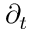
\partial _ { t }